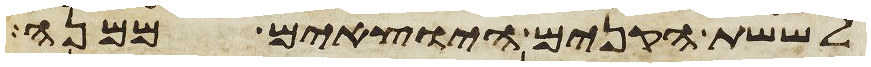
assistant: לששת הקנים היצאים ממנה